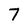
Character: 7